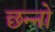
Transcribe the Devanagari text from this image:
छन्नो